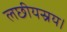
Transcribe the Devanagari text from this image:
लछीयस्रय।